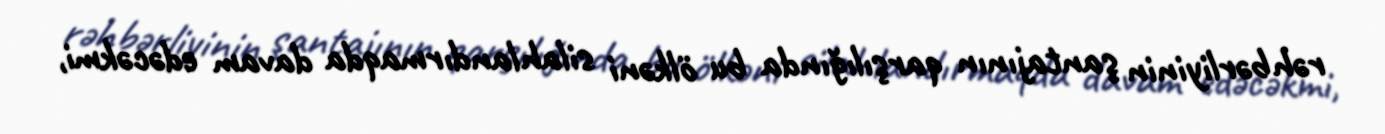
rəhbərliyinin şantajının qarşılığında bu ölkəni silahlandırmaqda davam edəcəkmi,